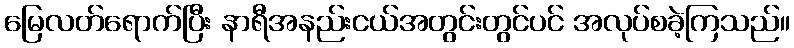
မြေလတ်ရောက်ပြီး နာရီအနည်းငယ်အတွင်းတွင်ပင် အလုပ်စခဲ့ကြသည်။